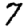
Digit: 7